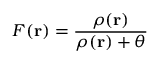
F ( \mathbf { r } ) = \frac { \rho ( \mathbf { r } ) } { \rho ( \mathbf { r } ) + \theta }